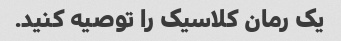
یک رمان کلاسیک را توصیه کنید.